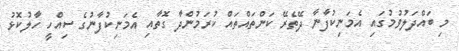
މި ބައްދަލުވުމުގައި އެމަނިކުފާނާ ދޭތެރޭ ކަންތައްތައް ކުރަމުންދާ ގޮތާއި އެމަނިކުފާނުގެ ސިއްހީ ހާލުކޮޅު